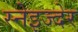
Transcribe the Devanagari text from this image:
स्नेइज्देर